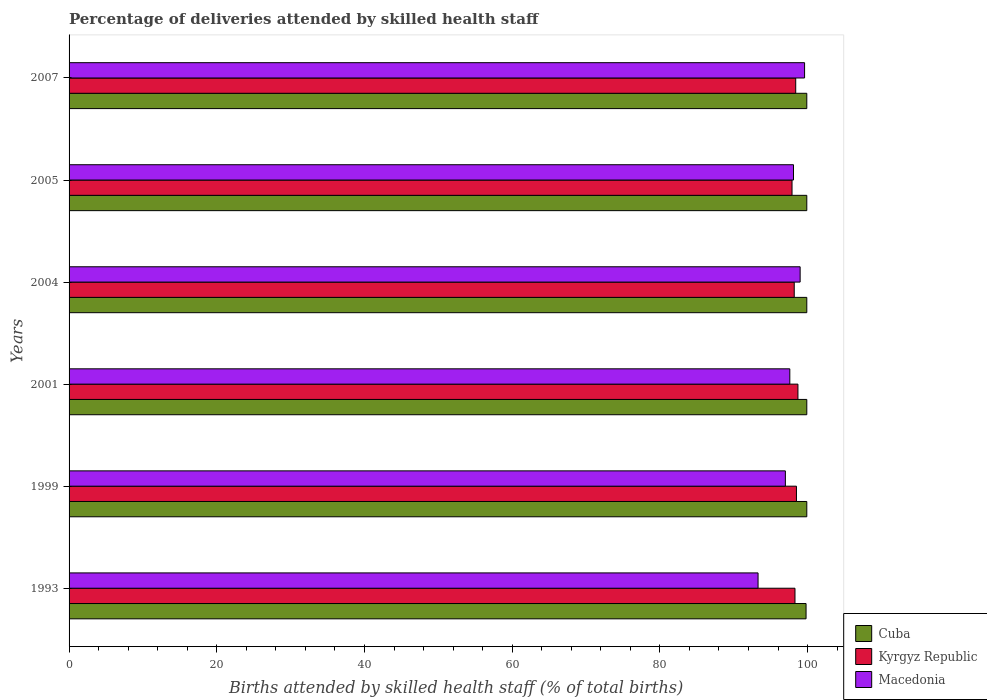
| Years | Cuba | Kyrgyz Republic | Macedonia |
 | --- | --- | --- | --- |
 | 1993 | 99.8 | 98.3 | 93.3 |
 | 1999 | 99.9 | 98.5 | 97 |
 | 2001 | 99.9 | 98.7 | 97.6 |
 | 2004 | 99.9 | 98.2 | 99 |
 | 2005 | 99.9 | 97.9 | 98.1 |
 | 2007 | 99.9 | 98.4 | 99.6 |